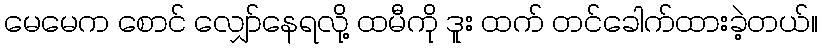
မေမေက စောင် လျှော်နေရလို့ ထမီကို ဒူး ထက် တင်ခေါက်ထားခဲ့တယ်။